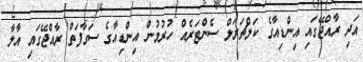
އަދި ރާއްޖޭގައި އިންޑިއާގެ ކަލްޗަރަލް ސެންޓަރެއް ހުރުމުން އިންޑިއާގެ ސަގާފަތް ރާއްޖޭގައި އާލާ